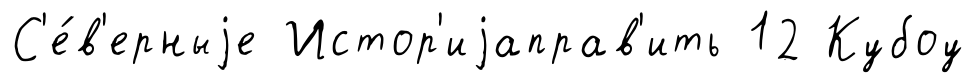
С'е́в'ерныjе Истор'иjаправ'ить 12 Кубоу